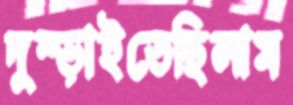
দুম্‌ড়াইতেছিলাম